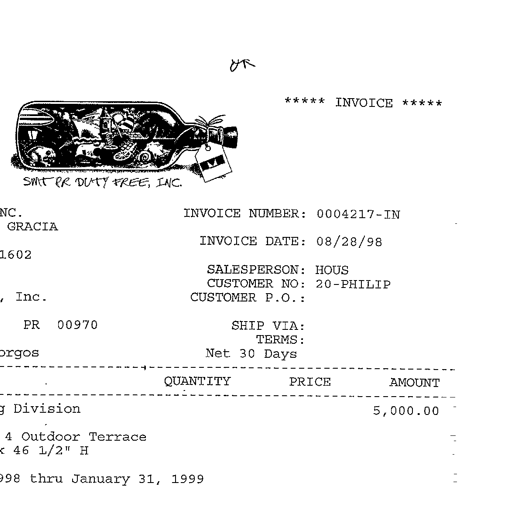
OK
***** INVOICE *****
SMT PR DUTY FREE, INC.
INVOICE NUMBER: 0004217-IN
NC.
GRACIA
INVOICE DATE: 08/28/98
1602
SALESPERSON: HOUS
CUSTOMER NO: 20-PHILIP
, Inc.
CUSTOMER P.O.:
PR 00970
SHIP VIA:
TERMS:
orgos
Net 30 Days
QUANTITY PRICE AMOUNT
g Division 5,000.00
4 Outdoor Terrace
x 46 1/2" H
998 thru January 31, 1999